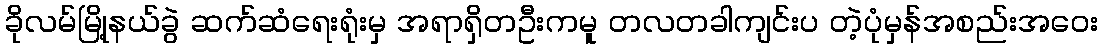
ခိုလမ်မြို့နယ်ခွဲ ဆက်ဆံရေးရုံးမှ အရာရှိတဦးကမူ တလတခါကျင်းပ တဲ့ပုံမှန်အစည်းအဝေး